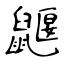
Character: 鼴